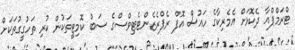
ޓްރަމްޕްއާ ދެކޮޅަށް އެމެރިކާގެ ހައުސް އޮފް ރެޕްރެޒެންޓެޓިވްސްގެ ސަބް ކޮމިޓީތަކުން ކުރި ތަހުގީގުތަކަށް